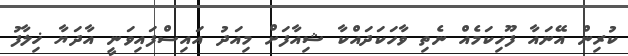
ކުރިން އޭނައާ ފޫހިކަމެއް ނެތި ވާހަކަދައްކާ ޝިއާފަށް މިއަދު އައިސްފައިވަނީ އާދަޔާ ޚިލާފު